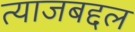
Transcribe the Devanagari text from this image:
त्याजबद्दल